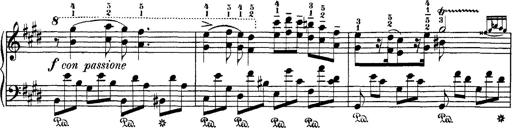
Title: Hungarian Rhapsody No.1
Composer: Franz Liszt
Key: C-sharp minor